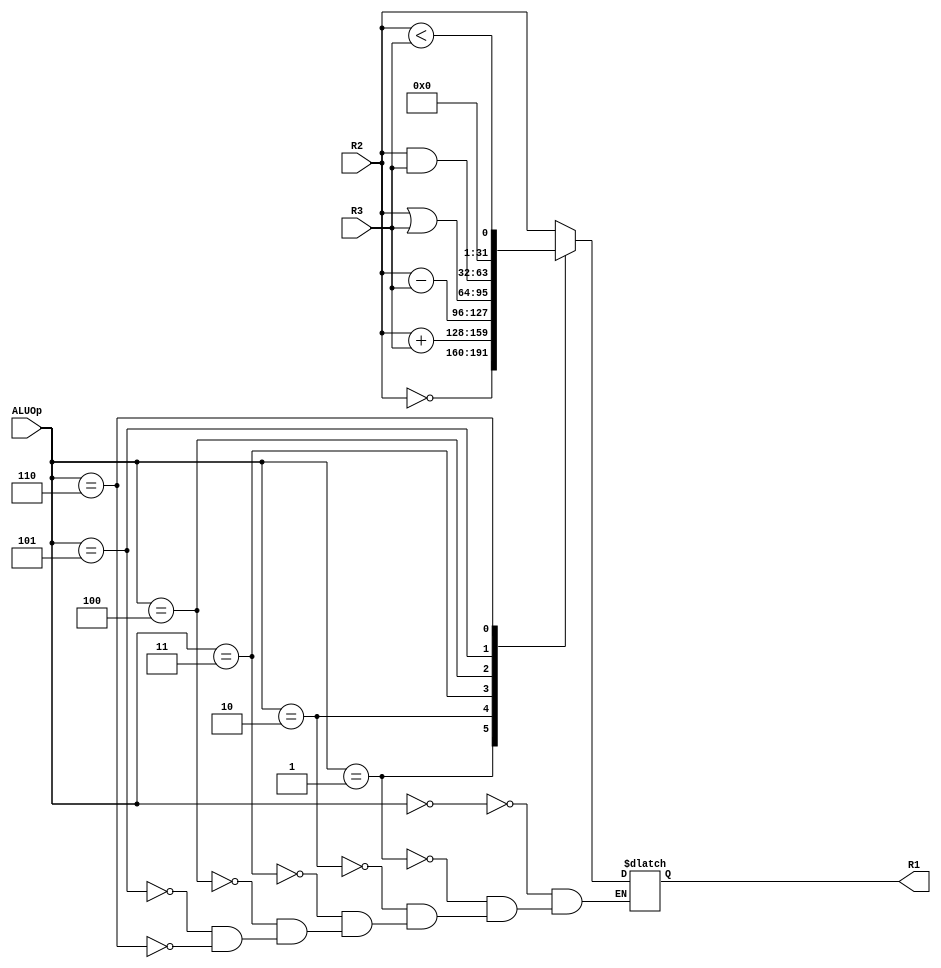
/******************************************************************************
Module: ALU_behavioral.v
Functionality:
- A parameterized ALU.
- ALU functions
  ALUOp   Output
  3'b000  MOV
  3'b001  NOT
  3'b010  ADD
  3'b011  SUB
  3'b100  OR
  3'b101  AND
  3'b110  SLT (signed)
******************************************************************************/


module ALU_behavioral #(
  parameter WIDTH = 32
)(
  input signed [WIDTH-1:0] R2,
  input signed [WIDTH-1:0] R3,
  input [2:0] ALUOp,

  output reg [WIDTH-1:0] R1
);

always @(*)begin
  case(ALUOp)
    3'b000: R1 = R2;
    3'b001: R1 = ~R2;
    3'b010: R1 = R2 + R3;
    3'b011: R1 = R2 - R3;
    3'b100: R1 = R2 | R3;
    3'b101: R1 = R2 & R3;
    3'b110: R1 = R2 < R3;
  endcase
end

endmodule